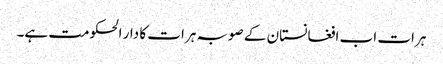
ہرات اب افغانستان کے صوبہ ہرات کا دار الحکومت ہے۔